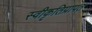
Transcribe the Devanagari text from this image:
स्वीकृतिप्रापत